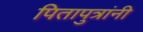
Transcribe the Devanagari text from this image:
पितापुत्रांनी